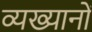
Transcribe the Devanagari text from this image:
व्यख्यानों